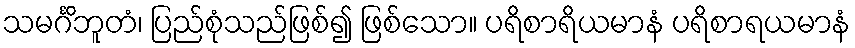
သမင်္ဂိဘူတံ၊ ပြည်စုံသည်ဖြစ်၍ ဖြစ်သော။ ပရိစာရိယမာနံ ပရိစာရယမာနံ